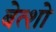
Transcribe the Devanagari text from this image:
बेत्शो